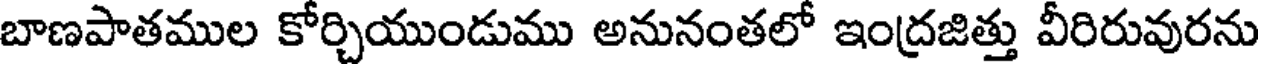
బాణపాతముల కోర్చియుండుము అనునంతలో ఇంద్రజిత్తు వీరిరువురను